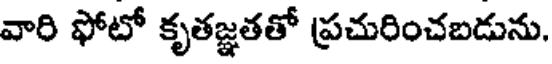
వారి ఫోటో కృతజ్ఞతతో ప్రచురించబడును.